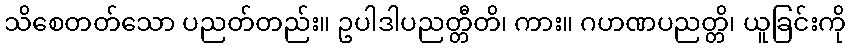
သိစေတတ်သော ပညတ်တည်း။ ဥပါဒါပညတ္တီတိ၊ ကား။ ဂဟဏပညတ္တိ၊ ယူခြင်းကို